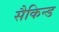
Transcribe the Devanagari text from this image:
सैकिन्ड